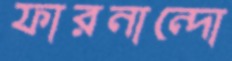
ফারনান্দো